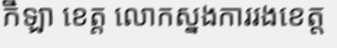
កីឡា ខេត្ត លោកស្នងការរងខេត្ត